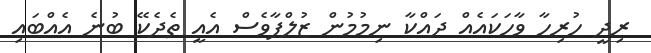
ރިދީ ހުރިހާ ވާހަކައެއް ދައްކާ ނިމުމުން ޒުލްފާވެސް އެއީ ތެދެކޭ ބުނެ އެއްބައި